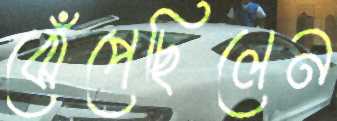
ঝেঁপেছিলেন